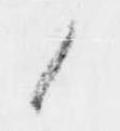
候